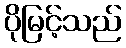
ပိုမြင့်သည်